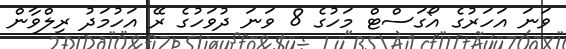
ވަނަ އަހަރުގެ އޯގަސްޓް މަހުގެ 8 ވަނަ ދުވަހުގެ ރޭ އަހުމަދު ރިލްވާން